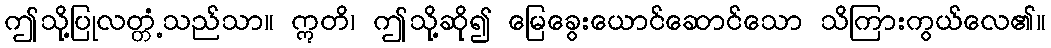
ဤသို့ပြုလတ္တံ့သည်သာ။ ဣတိ၊ ဤသို့ဆို၍ မြေခွေးယောင်ဆောင်သော သိကြားကွယ်လေ၏။